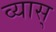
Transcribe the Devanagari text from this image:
व्यास्